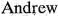
Andrew